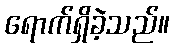
ရောက်ရှိခဲ့သည်။